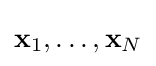
\mathbf {x} _{1},\dots ,\mathbf {x} _{N}